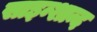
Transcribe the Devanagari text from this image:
साइन्शान्द